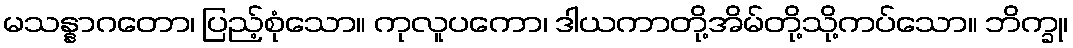
မသန္နာဂတော၊ ပြည့်စုံသော။ ကုလူပကော၊ ဒါယကာတို့အိမ်တို့သို့ကပ်သော။ ဘိက္ခု၊